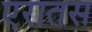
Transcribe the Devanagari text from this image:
एरातस